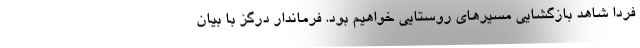
فردا شاهد بازگشایی مسیرهای روستایی خواهیم بود. فرماندار درگز با بیان